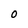
Character: 0